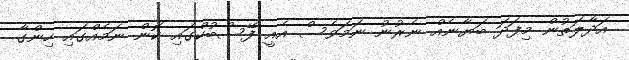
އަދާލަތުން މިފަދަ ބަޔާނެއް ނެރުނު ނަމަވެސް އެއީ ފޭސްބުކްގައި ކޮން ނަމެއްގައި ހިންގާ